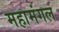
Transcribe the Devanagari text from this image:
महामंगल